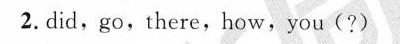
2. did,go,there,how, you( ? )